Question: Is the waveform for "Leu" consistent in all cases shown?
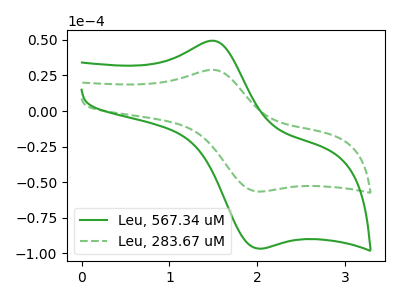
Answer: <think>The green curve "Leu, 567.34 uM" has an anodic peak at (1.50V, 49.40uA) and a cathodic peak at (2.00V, -96.60uA). The green dashed curve "Leu, 283.67 uM" has an anodic peak at (1.50V, 28.95uA) and a cathodic peak at (2.00V, -56.55uA).
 All the peaks in "Leu, 567.34 uM" have a peak in "Leu, 283.67 uM" at the same potential. Every peak in "Leu, 567.34 uM" is higher than every peak in "Leu, 283.67 uM".</think>
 <answer>All the CV's of "Leu" have similar shape.</answer>
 <eval>follow_rule</eval>